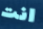
انت